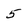
Character: 5